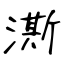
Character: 澌